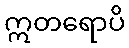
ဣတရောပိ